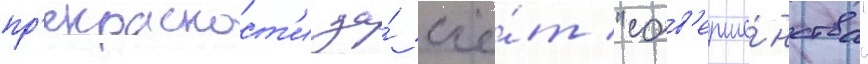
пр'екрасност'и за́ счё́т "сов'ерше́нства"